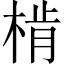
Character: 𣔨